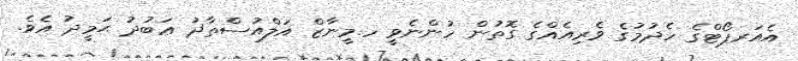
އެއަރޕޯޓްގެ ހެދުމުގެ ވެރިއެއްގެ ގޮތުން ހުންނެވީ ހ.މީނާޒް އަލްއުސްތާޛު ޢަބުދު ޙަމީދު އެވެ.